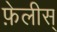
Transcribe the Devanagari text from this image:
फ़ेलीस्